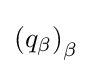
\left(q_{\beta }\right)_{\beta }